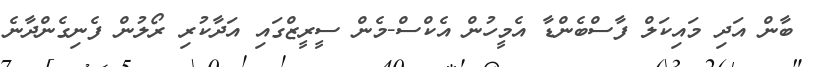
ބާން އަދި މައިކަލް ފާސްބެންޑާ އެމީހުން އެކްސް-މެން ސީރީޒްގައި އަދާކުރި ރޯލުން ފެނިގެންދާނެ